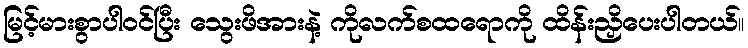
မြင့်မားစွာပါဝင်ပြီး သွေးဖိအားနဲ့ ကိုလက်စထရောကို ထိန်းညှိပေးပါတယ်။